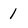
Character: 1